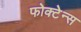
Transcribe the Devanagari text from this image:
फोक्टेन्स